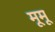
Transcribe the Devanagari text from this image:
मूमू